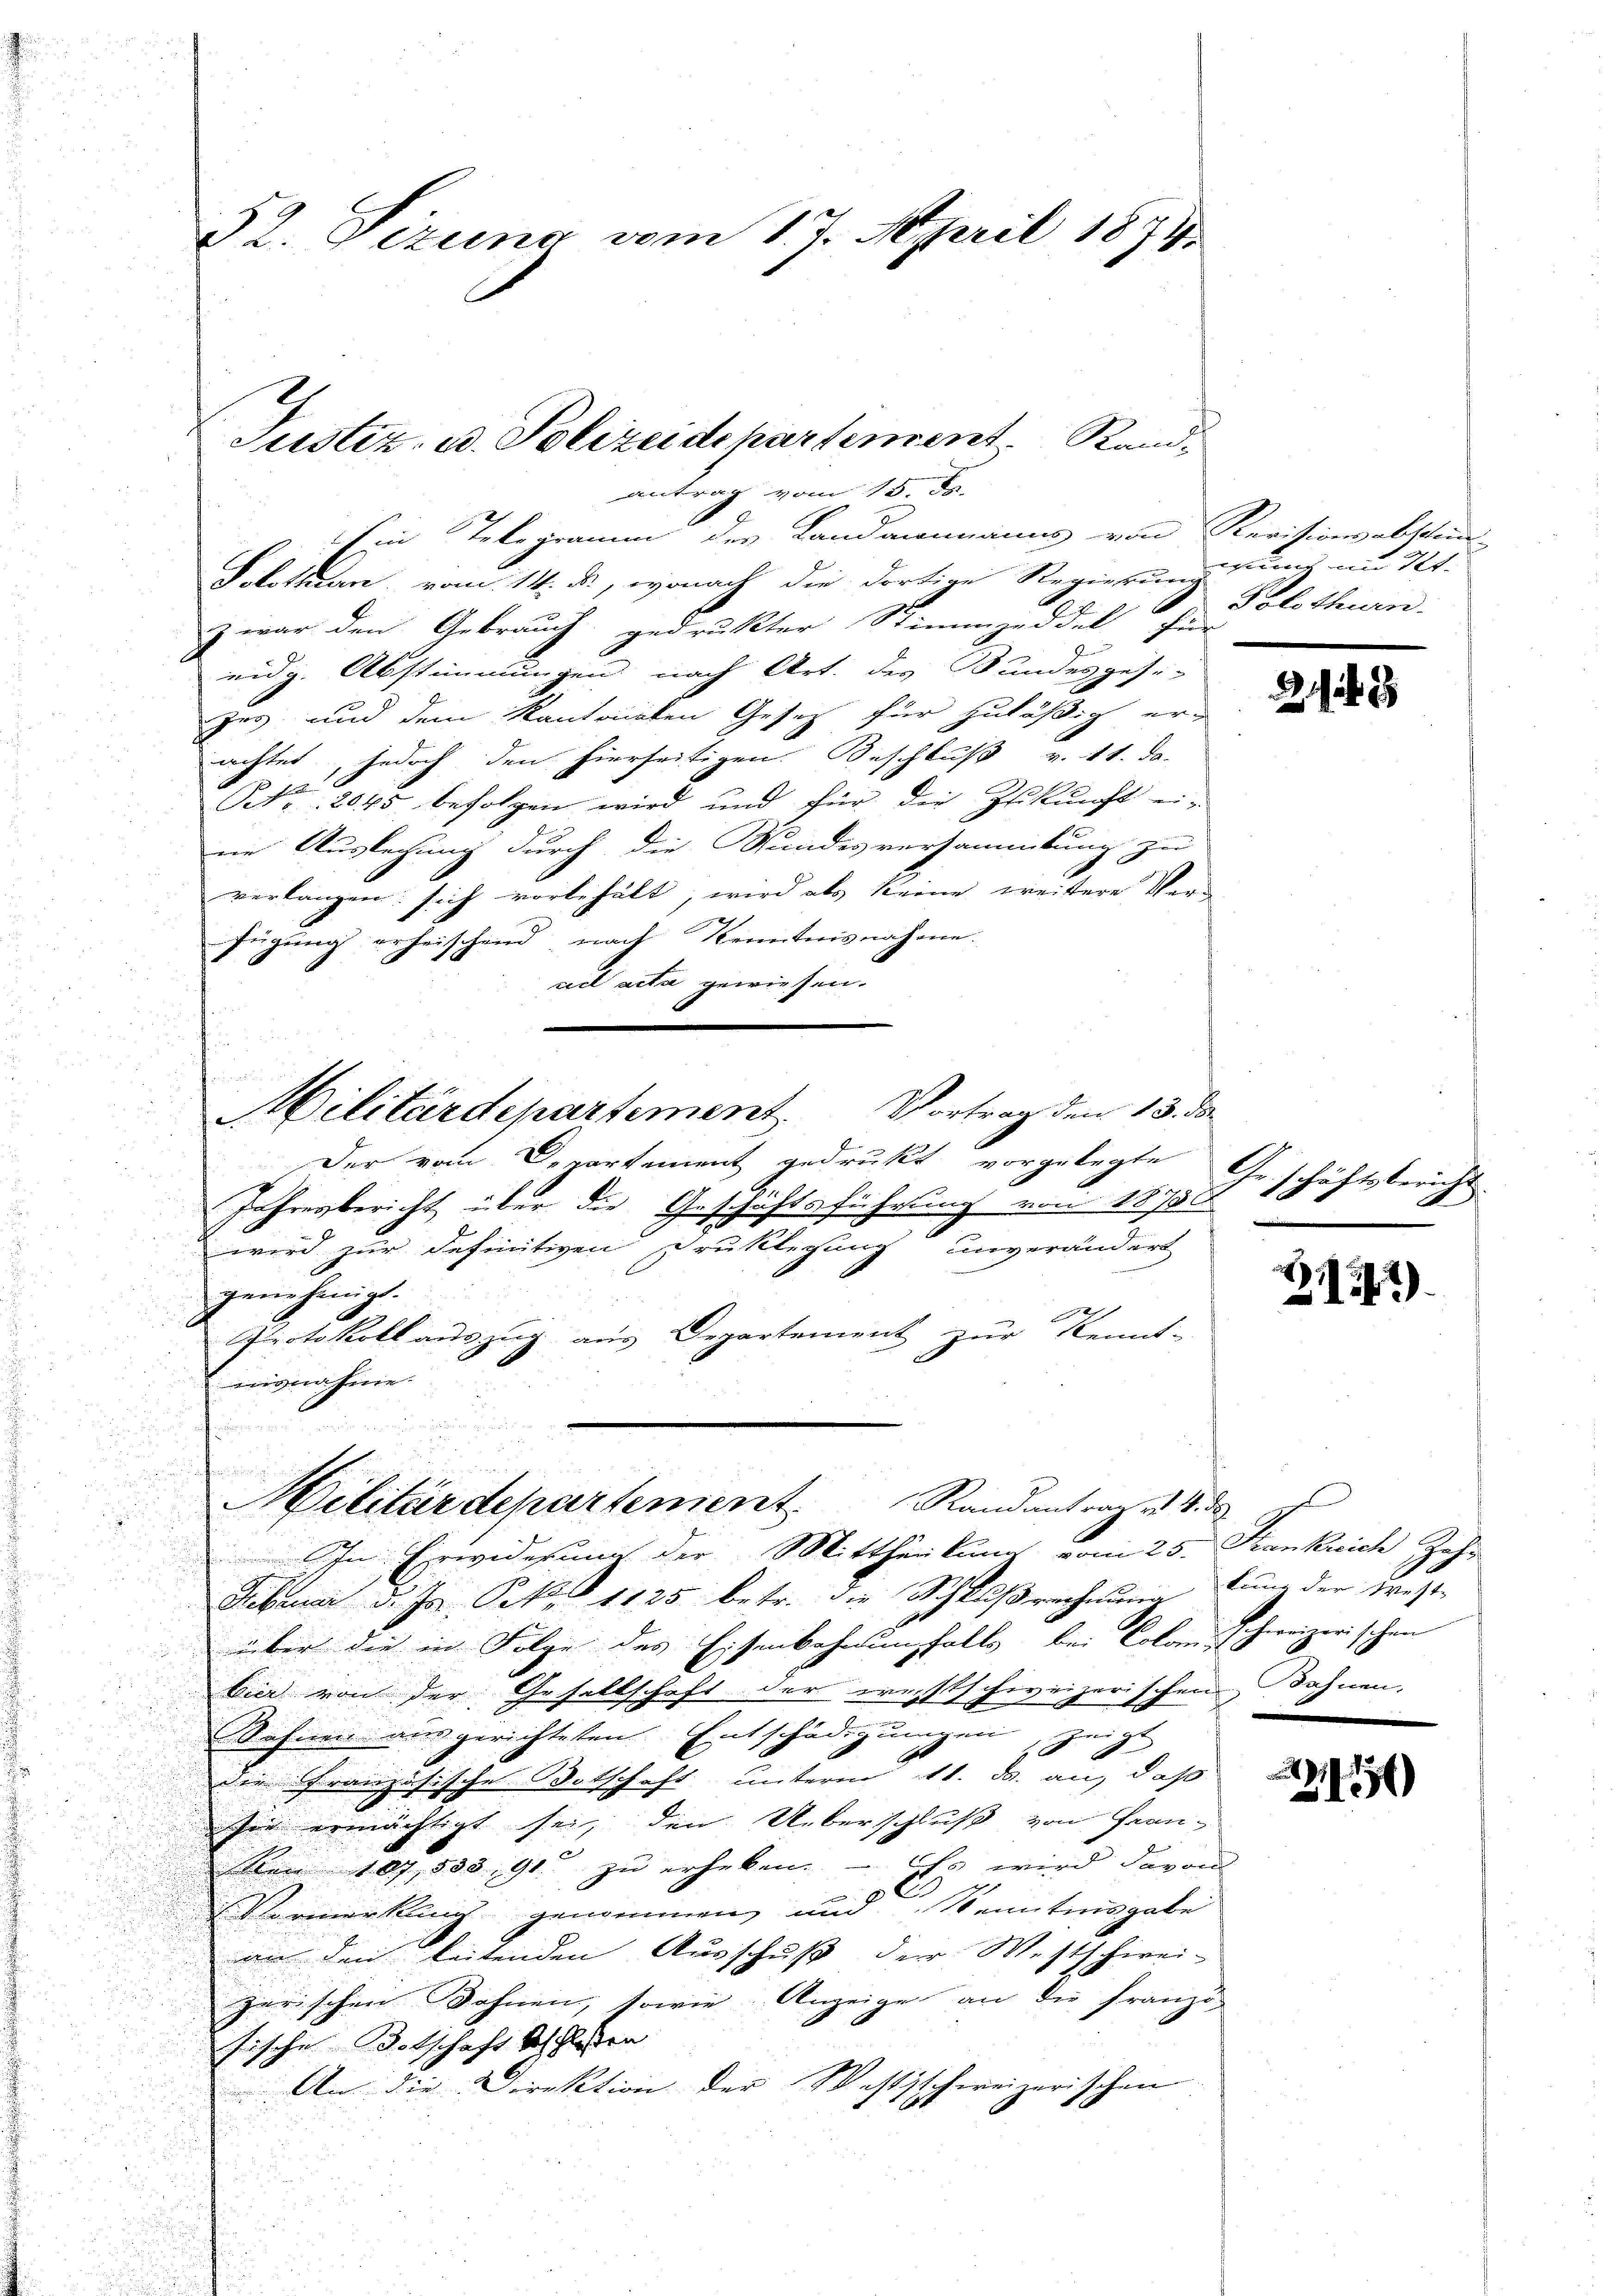
52. Sizung vom 17. April 1874.

Ein Telegramm des Landammanns von Revisionsabstim-
Solothurn, vom 14. ds., wonach die dortige Regierung und im Kt.
z war den Gebrauch gedruckter Stimmzeddel zu Solothurn.
eidg. Abstimmungen nach Art. des Bundesgese-
ger und dem kantonalen Gesetz für zuläßig er-
achtet, jedoch den hierseitigen Beschluß v. 11. da
NNo. 2045 befolgen wird und für die Zukunft ei-
nie Auslegung durch die Stundesversammlung zu
verlangen sich vorbehält, wird als keine weitere Ver-
fügung erheischend nach Kenntnisnahme.
vel acta gewiesen.
Der vom Departement gedrukt vorgelegte
Jahresbericht über die Geschäftsführung von 1870
wird zur definitiven Druklegung unverändert
genehmigt.
Protokoll auszug aus Departement zur Kennt-
weigenheir

au
s
Militärdepartement Randantrag es 4. d
In Erwiderung der Mittheilung vom 25. Frankreich Zahr
u
Februar d. Js. Sekr 1125 betr. die Schlußrechnung lung der Freyt
über die in Folge des Eisenbahnungfalls bei Colonischweizerischen
bier von der Gesellschaft der westschweizerischen, dahnen.
Sehnen ausgerichteten Entschädigungen, zu z
die Französische Botschaft unteren 11. ds. an, daß di
er ermächtigt sei, den Ueberschluß von Fran¬
Aen 107, 533, 91 zu erheben. Es wird davon
. Vormerkung genommen, und Kenntnisgabe
von den leitenden Ausschuß der Westschwei-
zerischen Wohnen, sowie Anzeige an die Franzö-
fische Botschaft beschloßen
An die Direktion der Westschweizerischen

Justiz- u. Polizei de partement. Sandantrag vom 15. ds.

Militärdepartement. Vortrag den 13. ds.

22

Geschäftsbericht
8

Z.1277).

2450